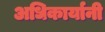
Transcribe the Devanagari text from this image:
अधिकार्यानी